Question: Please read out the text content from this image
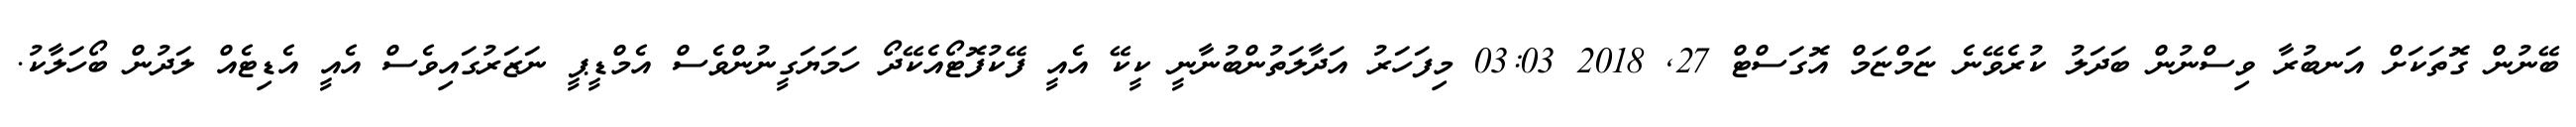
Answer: ބޭނުން ގޮތަކަށް އަނބުރާ ވިސްނުން ބަދަލު ކުރެވޭނެ ޏަމްޏަމް އޮގަސްޓް 27, 2018 03:03 މިފަހަރު އަދާލަތުންބުނާނީ ކީކޭ އެއީ ފޭކުފޮޓޯއެކޭދޯ ހަމަޔަގީނުންވެސް އެމްޑީޕީ ނަޒަރުގައިވެސް އެއީ އެޑިޓެއް ލަދުން ބޯހަލާކު.